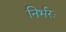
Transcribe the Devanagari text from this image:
निर्भरः